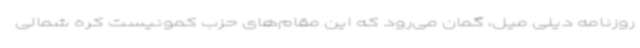
روزنامه دیلی میل، گمان می‌رود که این مقام‌های حزب کمونیست کره شمالی